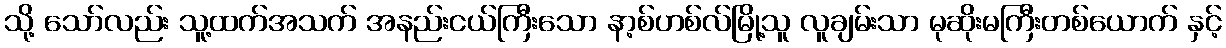
သို့ သော်လည်း သူ့ထက်အသက် အနည်းငယ်ကြီးသော နာ့စ်ဟစ်လ်မြို့သူ လူချမ်းသာ မုဆိုးမကြီးတစ်ယောက် နှင့်